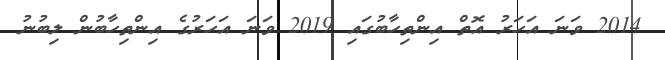
2014 ވަނަ އަހަރު އޮތް އިންތިހާބުގައި 2019 ވަނަ އަހަރުގެ އިންތިހާބުން ލިބުނު